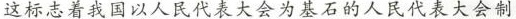
这标志着我国以人民代表大会为基石的人民代表大会制